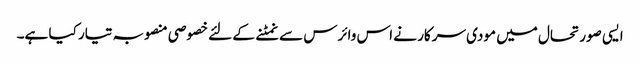
ایسی صورتحال میں مودی سرکار نے اس وائرس سے نمٹنے کے لئے خصوصی منصوبہ تیار کیا ہے۔